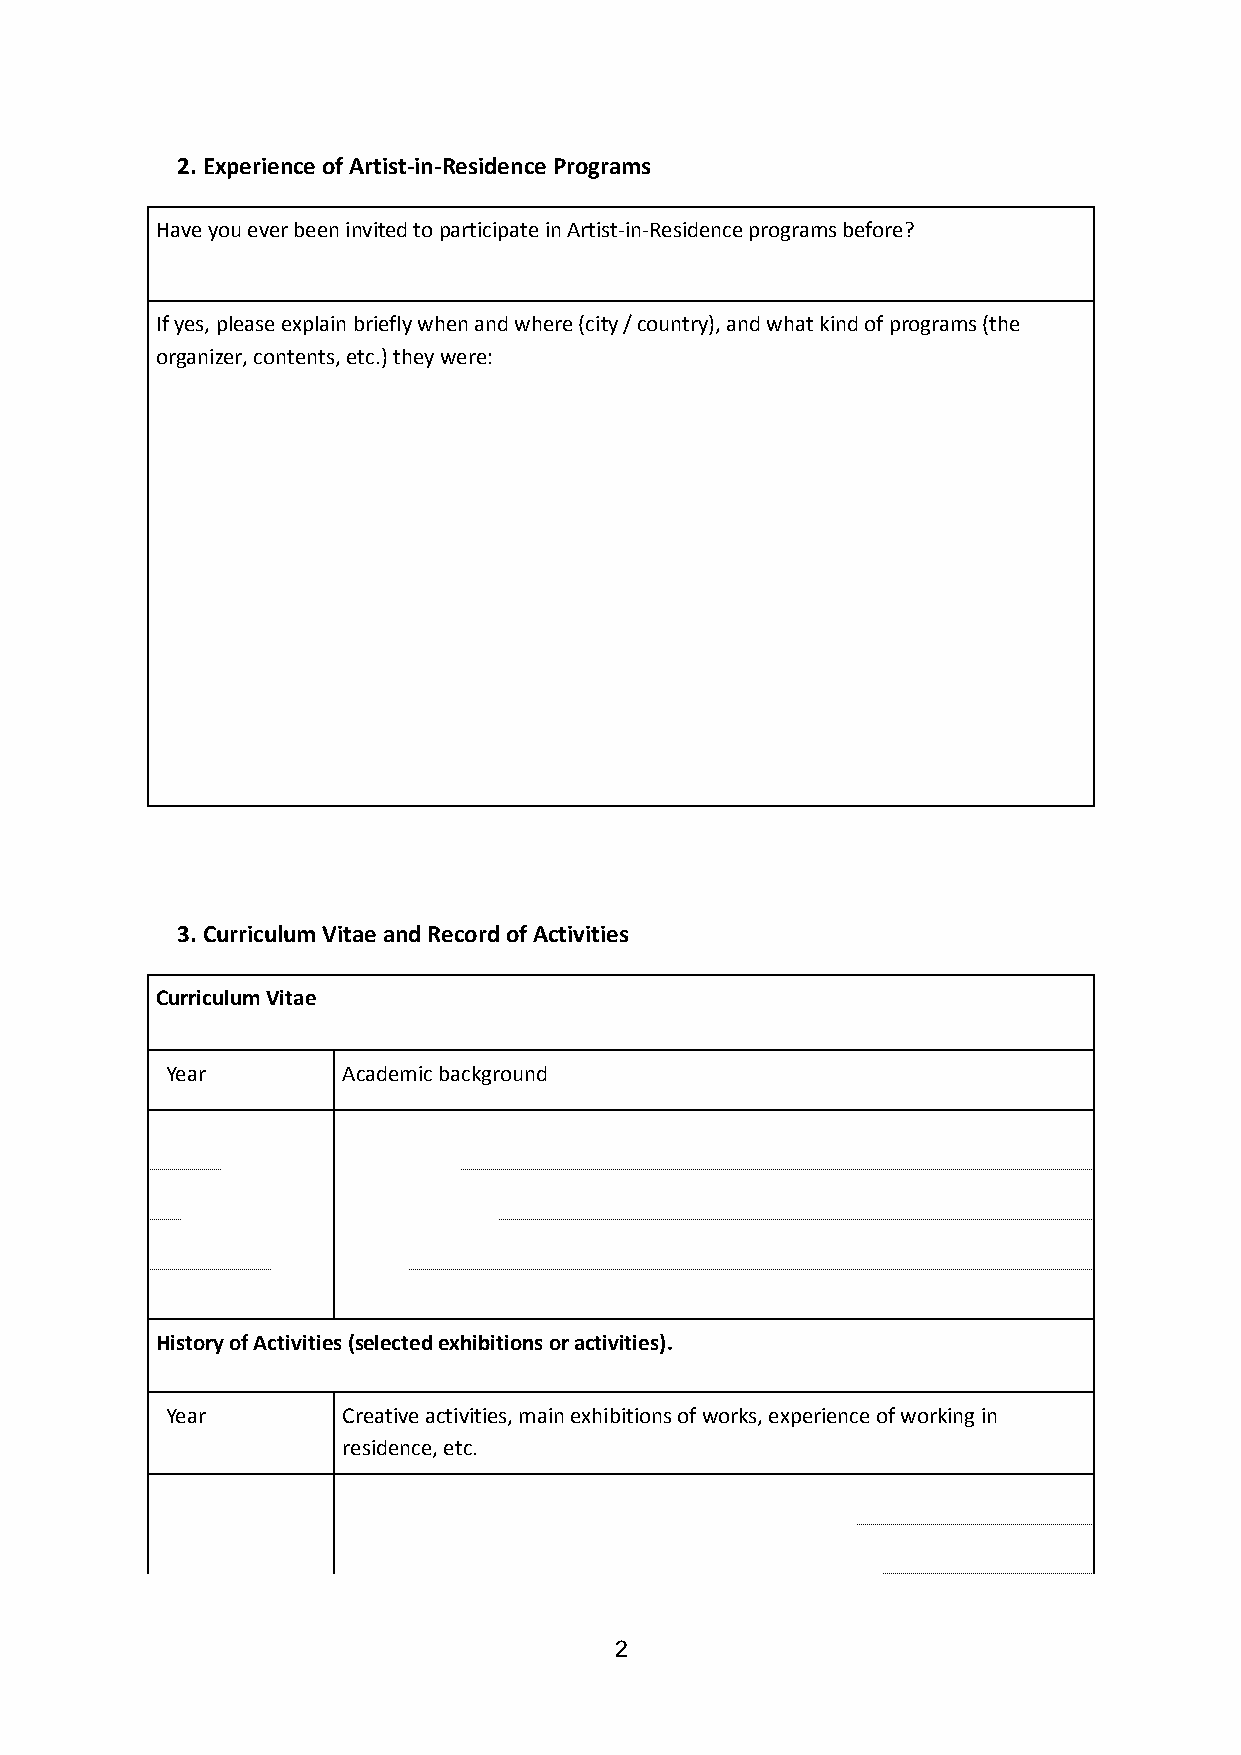
2. Experience of Artist-in-Residence Programs
 Have you ever been invited to participate in Artist-in-Residence programs before?
 If yes, please explain briefly when and where (city / country), and what kind of programs (the
 organizer, contents, etc.) they were:
 3. Curriculum Vitae and Record of Activities
 Curriculum Vitae
 Year        Academic background
 History of Activities (selected exhibitions or activities).
 Year        Creative activities, main exhibitions of works, experience of working in
 residence, etc.
 2